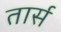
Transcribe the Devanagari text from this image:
तार्स